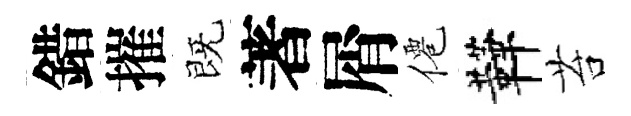
錯摧既著屑僊鞾苔